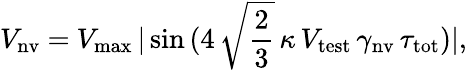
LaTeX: V_{\mathrm{nv}}~{=}~V_{\mathrm{max}}\, |\sin\, (4\, \sqrt{\frac{2}{3}}\, \kappa\, V_{\mathrm{test}}\, \gamma_{\mathrm{nv}}\, \tau_{\mathrm{tot}})|,